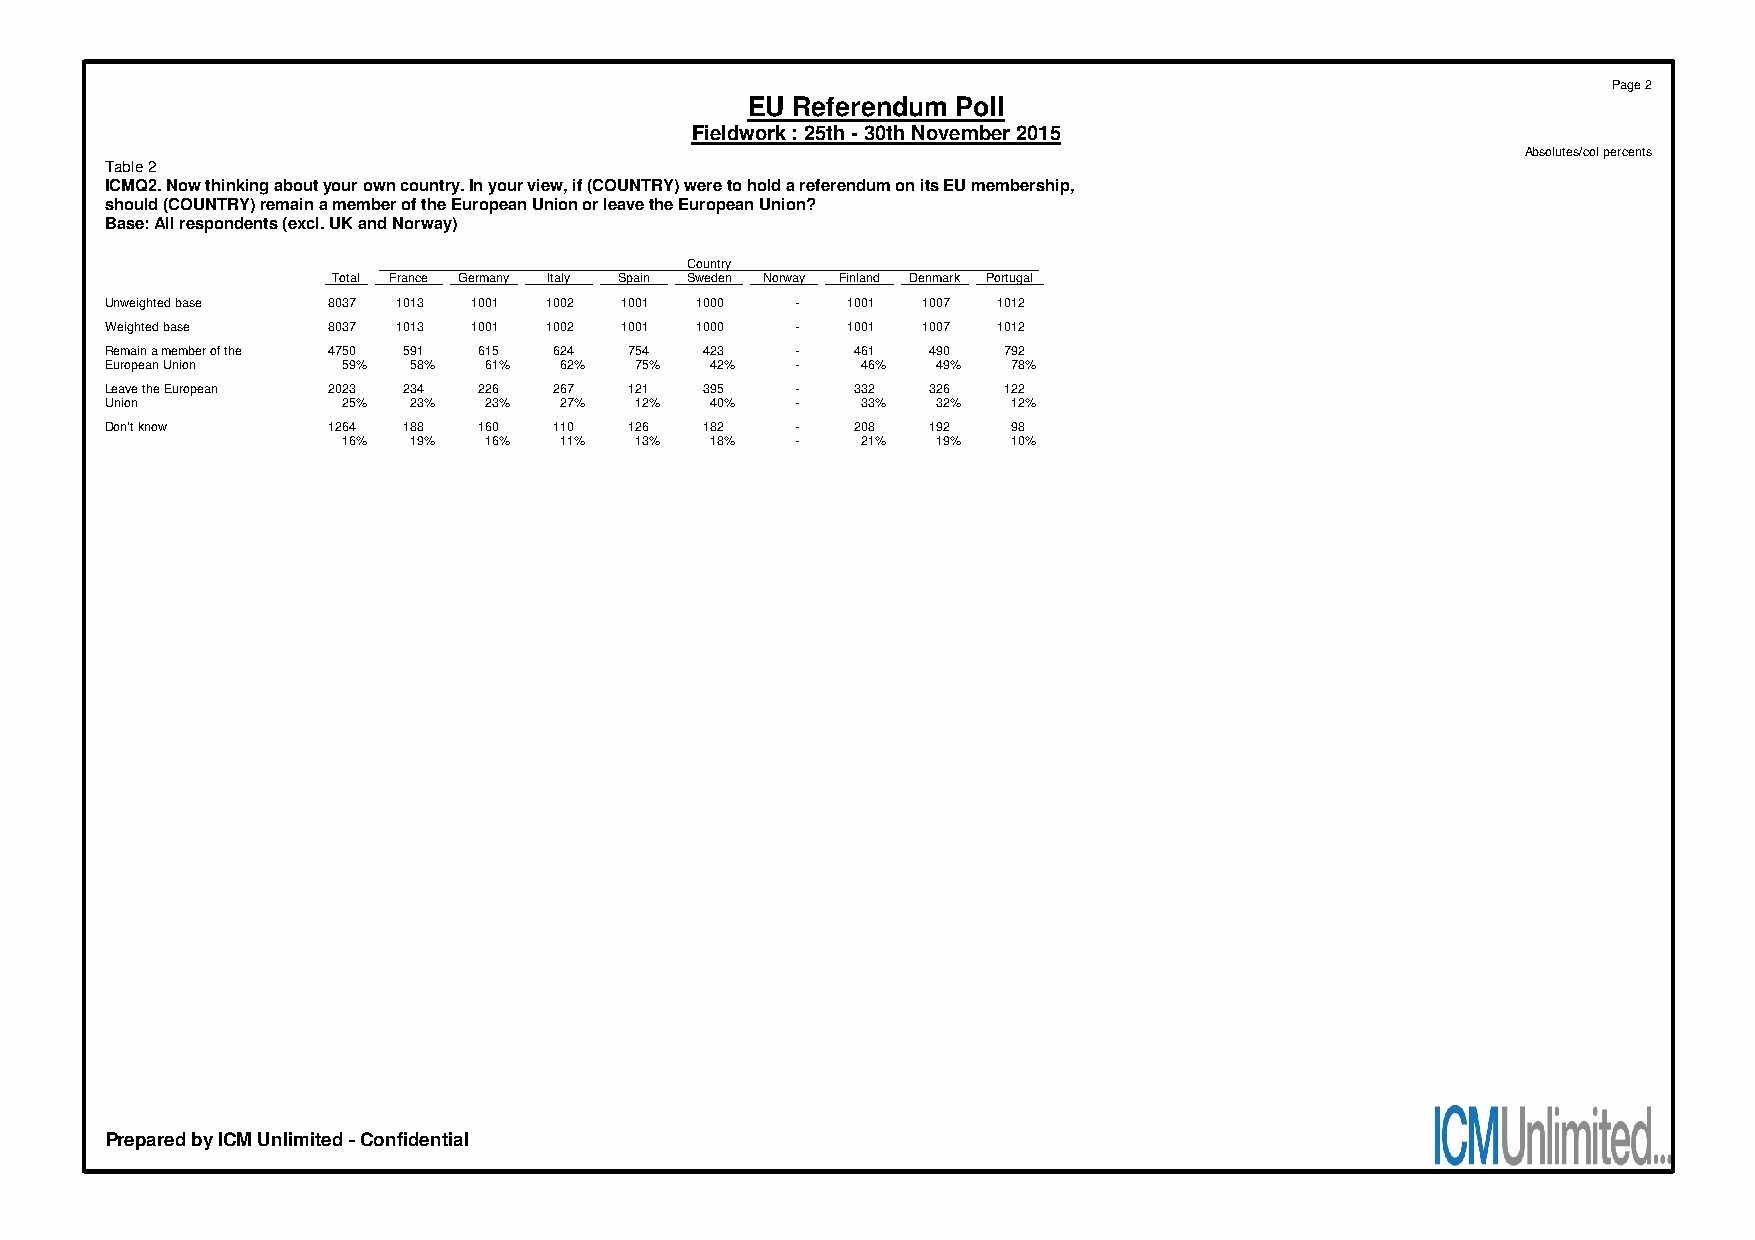
Page 2
 EU Referendum Poll
 Fieldwork : 25th - 30th November 2015
 Absolutes/col percents
 Table 2
 ICMQ2. Now thinking about your own country. In your view, if (COUNTRY) were to hold a referendum on its EU membership,
 should (COUNTRY) remain a member of the European Union or leave the European Union?
 Base: All respondents (excl. UK and Norway)
 Country
 Total France Germany Italy Spain Sweden Norway Finland Denmark Portugal
 Unweighted base 8037 1013 1001 1002 1001 1000 -  1001 1007 1012
 Weighted base  8037 1013 1001 1002 1001 1000  -  1001 1007 1012
 Remain a member of the 4750 591 615 624 754 423 - 461 490  792
 European Union  59% 58%  61%  62%  75%  42%   -   46%  49%  78%
 Leave the European 2023 234 226 267 121 395   -  332  326  122
 Union           25% 23%  23%  27%  12%  40%   -   33%  32%  12%
 Don't know     1264 188  160  110  126  182   -  208  192   98
 16% 19%  16%  11%  13%  18%   -   21%  19%  10%
 Prepared by ICM Unlimited - Confidential